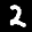
Label: 2